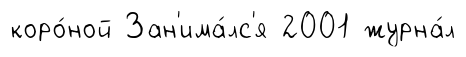
коро́ной Зан'има́лс'я 2001 журна́л